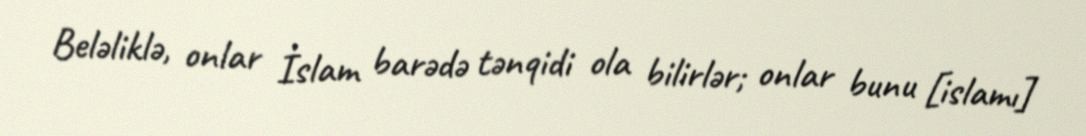
Beləliklə, onlar İslam barədə tənqidi ola bilirlər; onlar bunu [islamı]